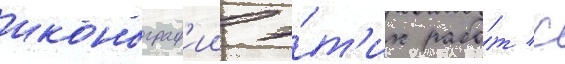
иконограф'ии э́т'их рабо́т с